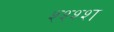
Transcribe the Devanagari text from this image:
श्श्श्श